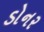
ડોનર